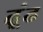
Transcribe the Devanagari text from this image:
ढ़ूंढ